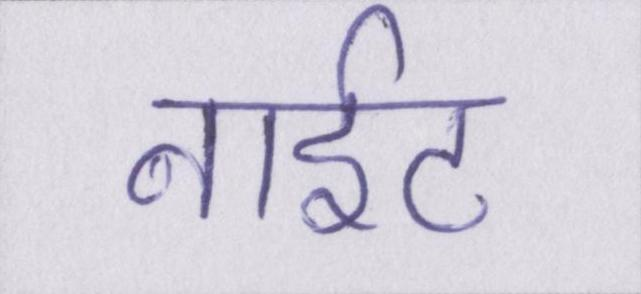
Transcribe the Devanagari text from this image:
नाईट